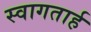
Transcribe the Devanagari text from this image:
स्‍वागतार्ह